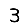
Digit: 3